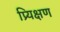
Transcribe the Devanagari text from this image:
प्र्यिक्षण